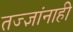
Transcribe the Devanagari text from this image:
तज्‍ज्ञांनाही